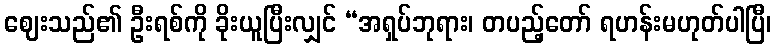
ဈေးသည်၏ ဦးရစ်ကို ခိုးယူပြီးလျှင် “အရှပ်ဘုရား၊ တပည့်တော် ရဟန်းမဟုတ်ပါပြီ၊